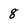
Character: 8